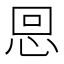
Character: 𢙍